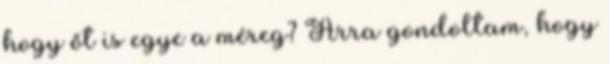
hogy őt is egye a méreg? Arra gondoltam, hogy